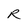
Character: R